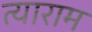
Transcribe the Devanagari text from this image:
त्याराम